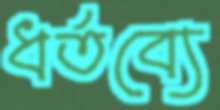
ধর্তব্যে